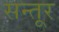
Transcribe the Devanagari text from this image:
सन्तूर